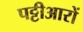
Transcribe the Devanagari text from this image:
पट्टीआरों